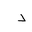
Letter: _dal